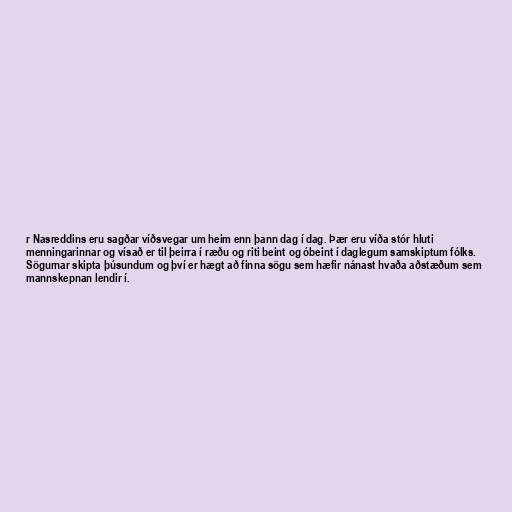
r Nasreddins eru sagðar víðsvegar um heim enn þann dag í dag. Þær eru víða stór hluti
menningarinnar og vísað er til þeirra í ræðu og riti beint og óbeint í daglegum samskiptum fólks.
Sögurnar skipta þúsundum og því er hægt að finna sögu sem hæfir nánast hvaða aðstæðum sem
mannskepnan lendir í.